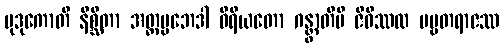
မုဒုကောတိ နိစ္ဆိတာ အတ္ထပ္ပဘေဒါ ဝီရိယတော ဂန္တွာတိပိ ဇီဝိဿထ ပဗ္ဗတရာဇဿ